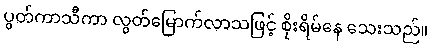
ပွတ်ကာသီကာ လွတ်မြောက်လာသဖြင့် စိုးရိမ်နေ သေးသည်။